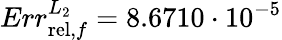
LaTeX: Err_{\mathrm{rel},f}^{L_{2}}=8.6710\cdot 10^{-5}